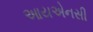
આયએનસી